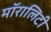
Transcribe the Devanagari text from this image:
मॉरालिटी